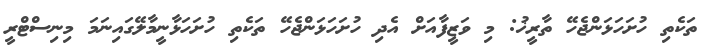
ތަކެތި ހުށަހަޅަންޖެހޭ ތާރީޚު: މި ވަޒީފާއަށް އެދި ހުށަހަޅަންޖެހޭ ތަކެތި ހުށަހަޅާނީމާލޭގައިނަމަ މިނިސްޓްރީ